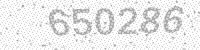
Solution: 650286